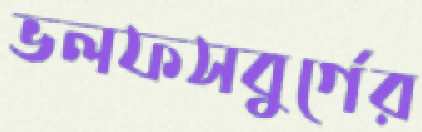
ভলফসবুর্গের